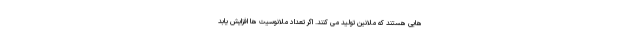
هایی هستند که ملانین تولید می کنند. اگر تعداد ملانوسیت ها افزایش یابد